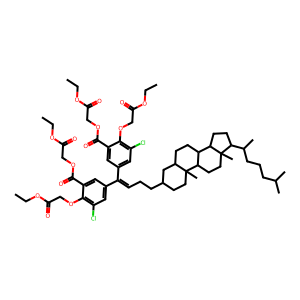
SMILES: CCOC(=O)COC(=O)c1cc(C(=CCCC2CCC3(C)C(CCC4C3CCC3(C)C(C(C)CCCC(C)C)CCC43)C2)c2cc(Cl)c(OCC(=O)OCC)c(C(=O)OCC(=O)OCC)c2)cc(Cl)c1OCC(=O)OCC
Inhibits HIV replication: No